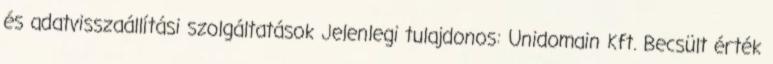
és adatvisszaállítási szolgáltatások Jelenlegi tulajdonos: Unidomain Kft. Becsült érték